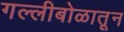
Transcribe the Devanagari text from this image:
गल्लीबोळातून